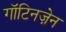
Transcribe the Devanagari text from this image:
गॉटिनज़ेन